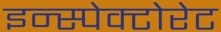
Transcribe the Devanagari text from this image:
इन्स्पेक्टोरेट